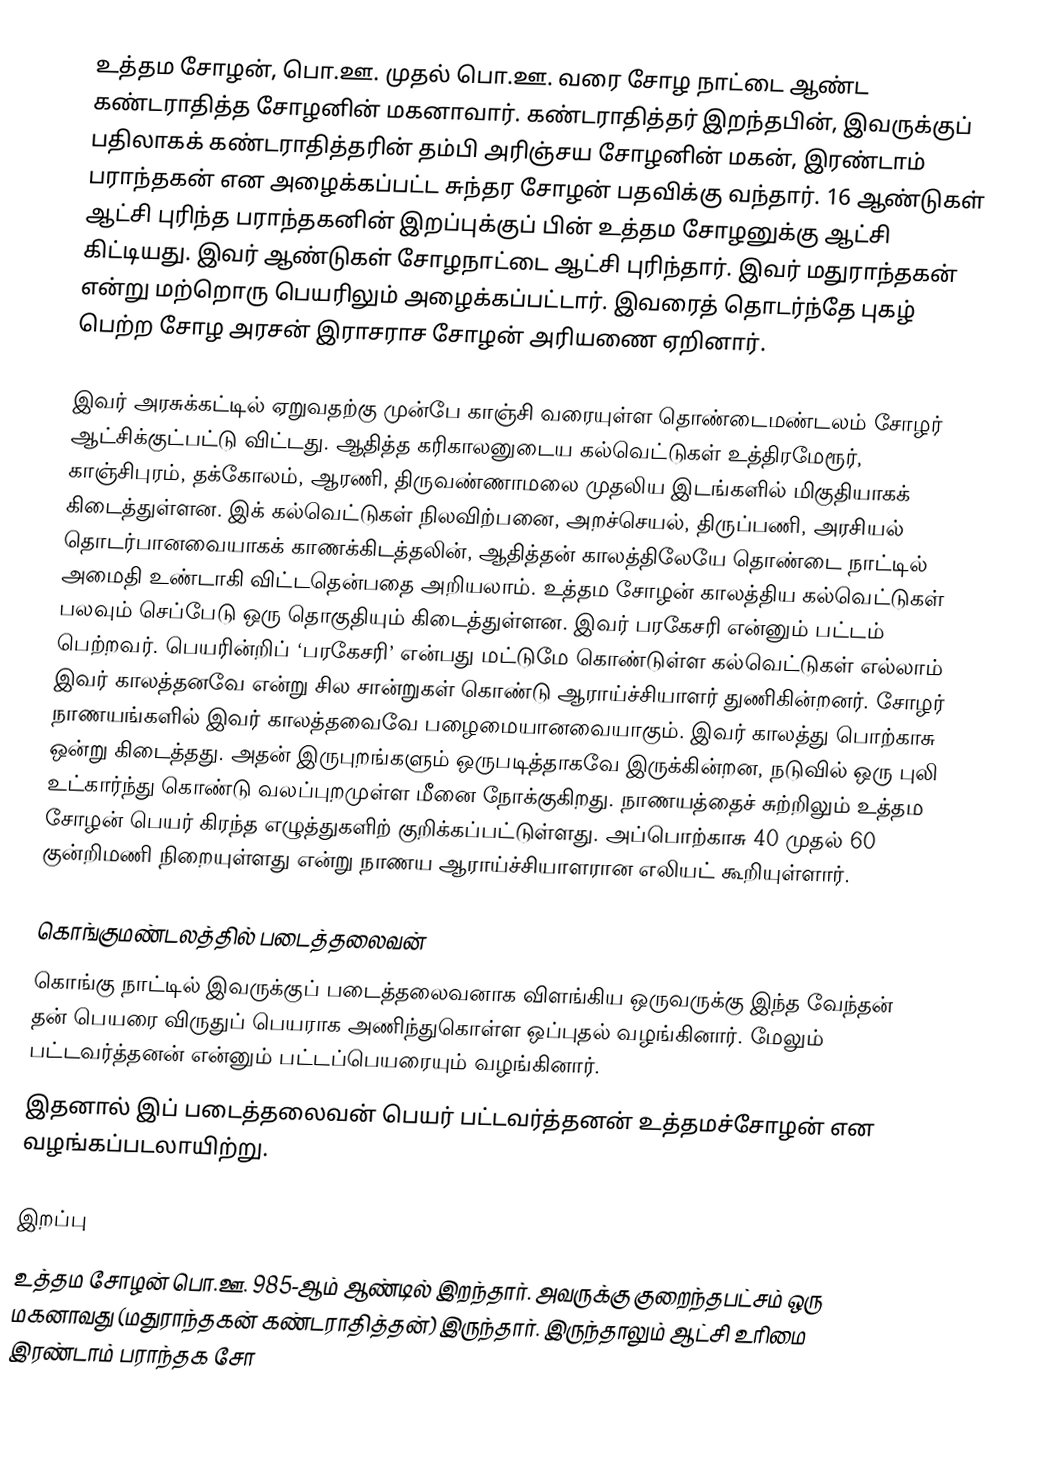
உத்தம சோழன், பொ.ஊ.  முதல் பொ.ஊ.  வரை சோழ நாட்டை ஆண்ட கண்டராதித்த சோழனின் மகனாவார். கண்டராதித்தர் இறந்தபின், இவருக்குப் பதிலாகக் கண்டராதித்தரின் தம்பி அரிஞ்சய சோழனின் மகன், இரண்டாம் பராந்தகன் என அழைக்கப்பட்ட சுந்தர சோழன் பதவிக்கு வந்தார். 16 ஆண்டுகள் ஆட்சி புரிந்த பராந்தகனின் இறப்புக்குப் பின் உத்தம சோழனுக்கு ஆட்சி கிட்டியது. இவர்  ஆண்டுகள் சோழநாட்டை ஆட்சி புரிந்தார். இவர் மதுராந்தகன் என்று மற்றொரு பெயரிலும் அழைக்கப்பட்டார். இவரைத் தொடர்ந்தே புகழ் பெற்ற சோழ அரசன் இராசராச சோழன் அரியணை ஏறினார்.

இவர் அரசுக்கட்டில் ஏறுவதற்கு முன்பே காஞ்சி வரையுள்ள தொண்டைமண்டலம் சோழர் ஆட்சிக்குட்பட்டு விட்டது. ஆதித்த கரிகாலனுடைய கல்வெட்டுகள் உத்திரமேரூர், காஞ்சிபுரம், தக்கோலம், ஆரணி, திருவண்ணாமலை முதலிய இடங்களில் மிகுதியாகக் கிடைத்துள்ளன. இக் கல்வெட்டுகள் நிலவிற்பனை, அறச்செயல், திருப்பணி, அரசியல் தொடர்பானவையாகக் காணக்கிடத்தலின், ஆதித்தன் காலத்திலேயே தொண்டை நாட்டில் அமைதி உண்டாகி விட்டதென்பதை அறியலாம். உத்தம சோழன் காலத்திய கல்வெட்டுகள் பலவும் செப்பேடு ஒரு தொகுதியும் கிடைத்துள்ளன. இவர் பரகேசரி என்னும் பட்டம் பெற்றவர். பெயரின்றிப் ‘பரகேசரி’ என்பது மட்டுமே கொண்டுள்ள கல்வெட்டுகள் எல்லாம் இவர் காலத்தனவே என்று சில சான்றுகள் கொண்டு ஆராய்ச்சியாளர் துணிகின்றனர். சோழர் நாணயங்களில் இவர் காலத்தவைவே பழைமையானவையாகும். இவர் காலத்து பொற்காசு ஒன்று கிடைத்தது. அதன் இருபுறங்களும் ஒருபடித்தாகவே இருக்கின்றன, நடுவில் ஒரு புலி உட்கார்ந்து கொண்டு வலப்புறமுள்ள மீனை நோக்குகிறது. நாணயத்தைச் சுற்றிலும் உத்தம சோழன் பெயர் கிரந்த எழுத்துகளிற் குறிக்கப்பட்டுள்ளது. அப்பொற்காசு 40 முதல் 60 குன்றிமணி நிறையுள்ளது என்று நாணய ஆராய்ச்சியாளரான எலியட் கூறியுள்ளார்.

கொங்குமண்டலத்தில் படைத்தலைவன்
கொங்கு நாட்டில் இவருக்குப் படைத்தலைவனாக விளங்கிய ஒருவருக்கு இந்த வேந்தன் தன் பெயரை விருதுப் பெயராக அணிந்துகொள்ள ஒப்புதல் வழங்கினார். மேலும் பட்டவர்த்தனன் என்னும் பட்டப்பெயரையும் வழங்கினார்.
இதனால் இப் படைத்தலைவன் பெயர் பட்டவர்த்தனன் உத்தமச்சோழன் என வழங்கப்படலாயிற்று.

இறப்பு
உத்தம சோழன் பொ.ஊ. 985-ஆம் ஆண்டில் இறந்தார். அவருக்கு குறைந்தபட்சம் ஒரு மகனாவது (மதுராந்தகன் கண்டராதித்தன்) இருந்தார். இருந்தாலும் ஆட்சி உரிமை இரண்டாம் பராந்தக சோ